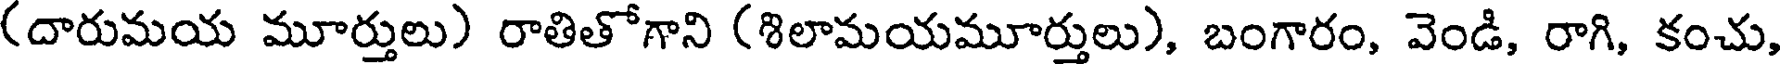
(దారుమయ మూర్తులు) రాతితోగాని (శిలామయమూర్తులు), బంగారం, వెండి, రాగి, కంచు,